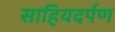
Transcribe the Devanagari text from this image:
साहियदर्पण